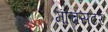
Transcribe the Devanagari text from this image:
मांचसटर